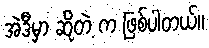
အဲဒီမှာ ဆိုတဲ့ က ဖြစ်ပါတယ်။